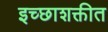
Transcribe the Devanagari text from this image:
इच्छाशक्तीत